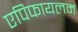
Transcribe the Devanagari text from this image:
एपिफायलम